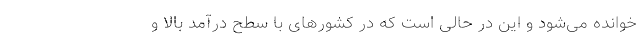
خوانده می‌شود و این در حالی است که در کشورهای با سطح درآمد بالا و